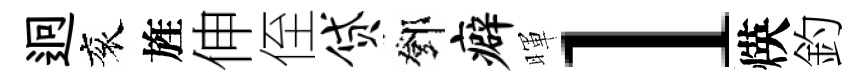
迥衮旌伸侄贷鄧癖暉l煐釣